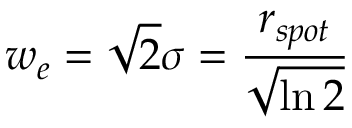
w _ { e } = \sqrt { 2 } \sigma = \frac { r _ { s p o t } } { \sqrt { \ln { 2 } } }